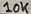
Text: 10K